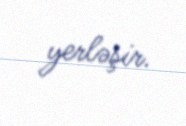
yerləşir.